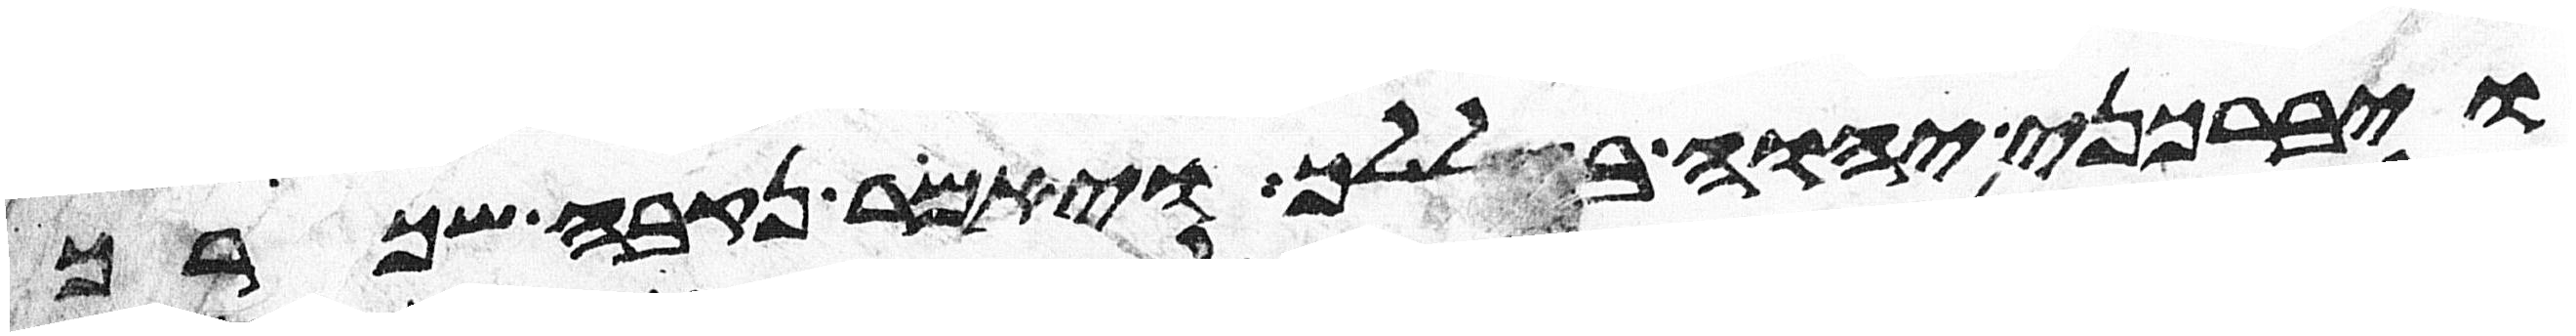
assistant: ויברכני יהוה בגללך ויאמר נקבה שכרך